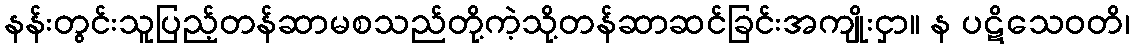
နန်းတွင်းသူပြည့်တန်ဆာမစသည်တို့ကဲ့သို့တန်ဆာဆင်ခြင်းအကျိုးငှာ။ န ပဋိသေဝတိ၊